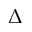
\Delta